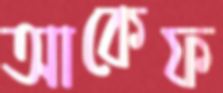
আকেফ